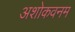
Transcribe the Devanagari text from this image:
अशोकवनम